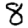
Digit: 8